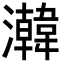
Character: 𬉧